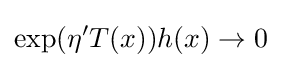
\exp(\eta 'T(x))h(x)\rightarrow 0